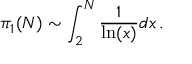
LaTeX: \pi _ { 1 } ( N ) \sim \int _ { 2 } ^ { N } \frac { 1 } { \ln ( x ) } d x \, .